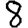
Digit: 8